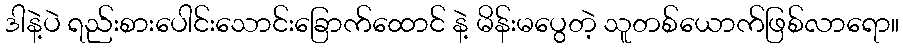
ဒါနဲ့ပဲ ရည်းစားပေါင်းသောင်းခြောက်ထောင် နဲ့ မိန်းမပွေတဲ့ သူတစ်ယောက်ဖြစ်လာရော။